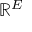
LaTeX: \mathbb { R } ^ { E }